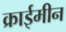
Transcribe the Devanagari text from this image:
क्राईमीन